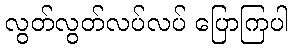
လွတ်လွတ်လပ်လပ် ပြောကြပါ